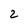
Character: 2